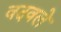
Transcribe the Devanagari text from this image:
वदवले